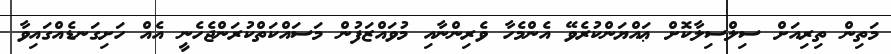
މަތިން ތިރިއަށް ސިލްސިލާކޮށް ޢައްޔަންކުރެވޭ އެންމެހާ ވެރިންނާއި މުވައްޒަފުން މަސައްކަތްކުރަންޖެހެނީ އެއް ހަށިގަނޑެއްގައިވާ